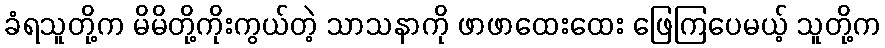
ခံရသူတို့က မိမိတို့ကိုးကွယ်တဲ့ သာသနာကို ဖာဖာထေးထေး ဖြေကြပေမယ့် သူတို့က